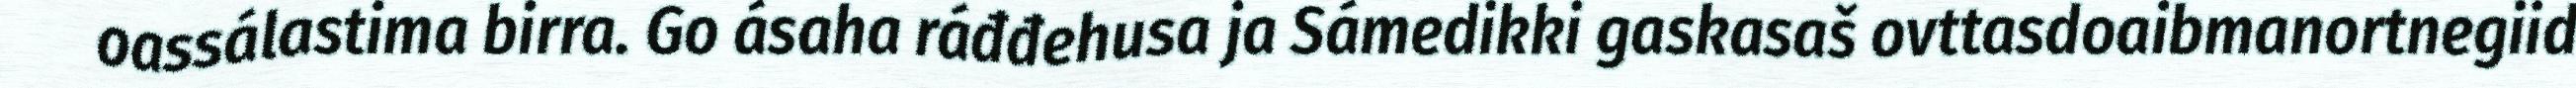
oassálastima birra. Go ásaha ráđđehusa ja Sámedikki gaskasaš ovttasdoaibmanortnegiid